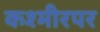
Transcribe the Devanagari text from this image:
कश्मीरपर